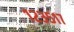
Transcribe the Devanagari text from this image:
१२३५१७